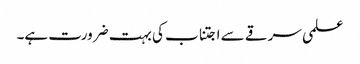
علمی سرقے سے اجتناب کی بہت ضرورت ہے۔